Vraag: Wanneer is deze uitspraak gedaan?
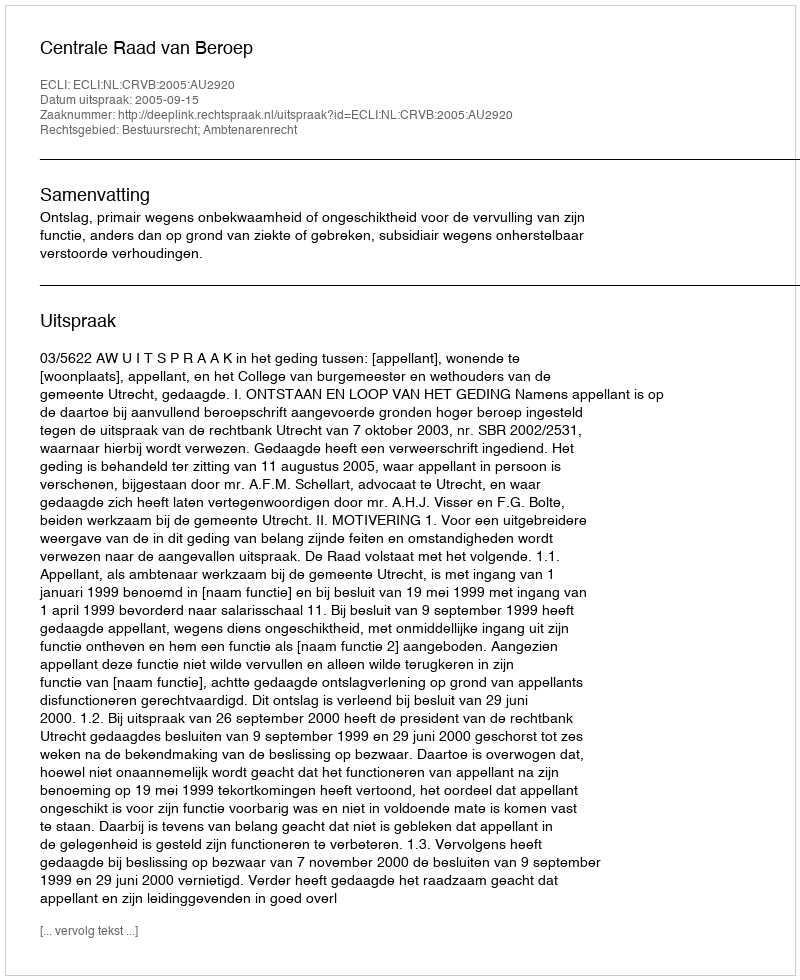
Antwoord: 2005-09-15